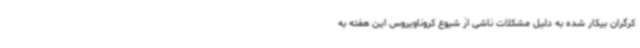
کرگران بیکار شده به دلیل مشکلات ناشی از شیوع کروناویروس این هفته به